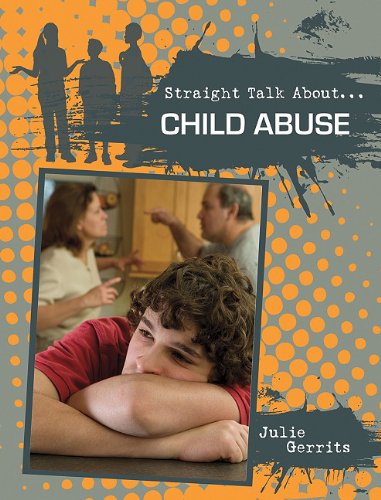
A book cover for Child Abuse (Straight Talk About...(Crabtree)); Sydney Newton; Teen & Young Adult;